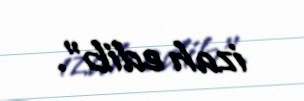
izah edib".